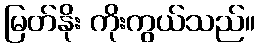
မြတ်နိုး ကိုးကွယ်သည်။